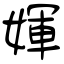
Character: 媈